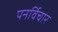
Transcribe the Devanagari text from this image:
पनर्विचार